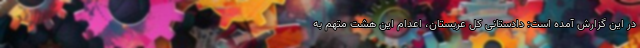
در این گزارش آمده است: دادستانی کل عربستان، اعدام این هشت متهم به